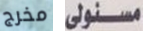
مخرج مسئولى